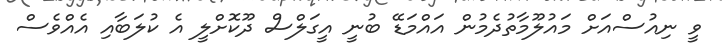
ވީ ނިއުސްއަށް މައުލޫމާތުދެމުން އައްމަޑޭ ބުނީ އީގަލްސް ދޫކޮށްލީ އެ ކުލަބާއި އެއްވެސް